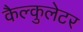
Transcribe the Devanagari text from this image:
कैल्कुलेटर